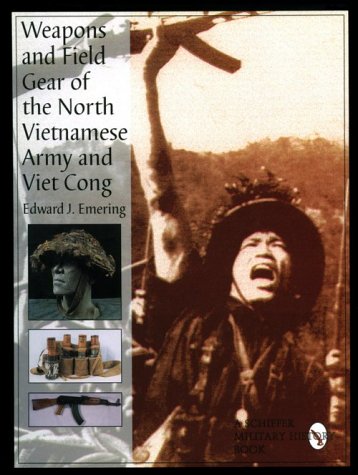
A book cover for Weapons and Field Gear of the North Vietnamese Army and Viet Cong:; Edward J. Emering; History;